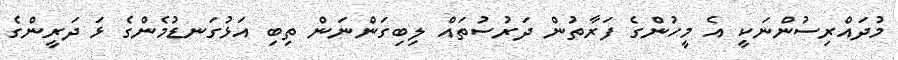
މުދައްރިސުންނަކީ އެ މީހުންގެ ފަރާތުން ދަރުސުތައް ލިބިގަންނަން ތިބި އަޅުގަނޑުމެންގެ ޅަ ދަރީންގެ